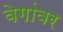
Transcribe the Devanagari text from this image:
वेगांवर